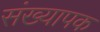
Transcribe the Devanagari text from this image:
संख्यापक